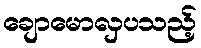
ချောမောလှပသည့်